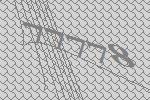
77778